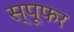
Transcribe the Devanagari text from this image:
स्पूफर